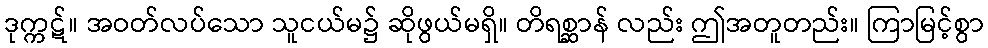
ဒုက္ကဋ်။ အဝတ်လပ်သော သူငယ်မ၌ ဆိုဖွယ်မရှိ။ တိရစ္ဆာန် လည်း ဤအတူတည်း။ ကြာမြင့်စွာ